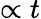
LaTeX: \propto t